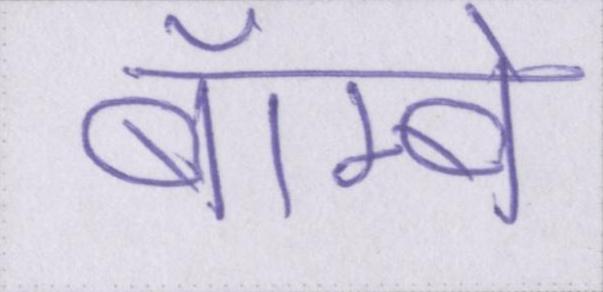
बॅाम्बे